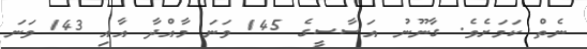
ނެތް ކަމަށެވެ. ގާނޫނު އަސާސީގެ 145 ވަނަ މާއްދާ އާއި 143 ވަނަ